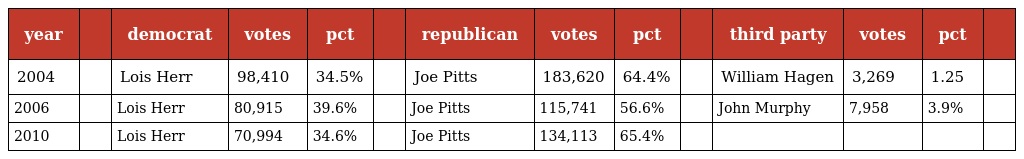
| year |  | democrat | votes | pct |  | republican | votes | pct |  | third party | votes | pct |  |
 | --- | --- | --- | --- | --- | --- | --- | --- | --- | --- | --- | --- | --- | --- |
 | 2004 |  | Lois Herr | 98,410 | 34.5% |  | Joe Pitts | 183,620 | 64.4% |  | William Hagen | 3,269 | 1.25 |  |
 | 2006 |  | Lois Herr | 80,915 | 39.6% |  | Joe Pitts | 115,741 | 56.6% |  | John Murphy | 7,958 | 3.9% |  |
 | 2010 |  | Lois Herr | 70,994 | 34.6% |  | Joe Pitts | 134,113 | 65.4% |  |  |  |  |  |